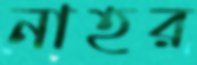
নাহর